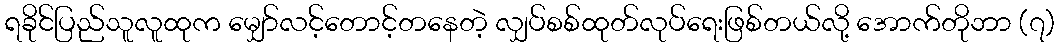
ရခိုင်ပြည်သူလူထုက မျှော်လင့်တောင့်တနေတဲ့ လျှပ်စစ်ထုတ်လုပ်ရေးဖြစ်တယ်လို့ အောက်တိုဘာ (၇)